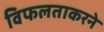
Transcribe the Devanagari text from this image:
विफलताकरने